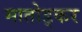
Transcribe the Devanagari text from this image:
मातोड्कर